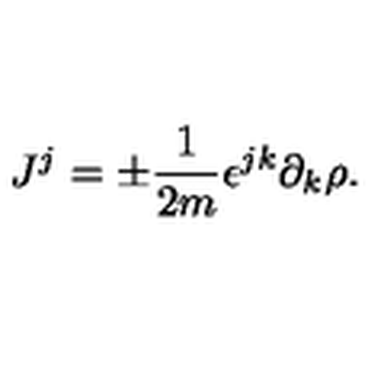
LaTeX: J ^ { j } = \pm \frac { 1 } { 2 m } \epsilon ^ { j k } \partial _ { k } \rho .